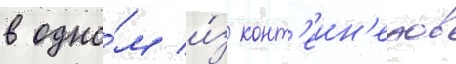
в одно́м и́з конт'еин'еров